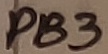
Text: PB3